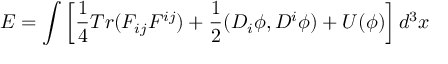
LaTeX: E = \int \left[ \frac { 1 } { 4 } T r ( F _ { i j } F ^ { i j } ) + \frac { 1 } { 2 } ( D _ { i } \phi , D ^ { i } \phi ) + U ( \phi ) \right] d ^ { 3 } x